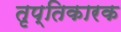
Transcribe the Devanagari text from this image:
तृप्तिकारक